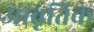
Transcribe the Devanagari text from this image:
आवृतिक